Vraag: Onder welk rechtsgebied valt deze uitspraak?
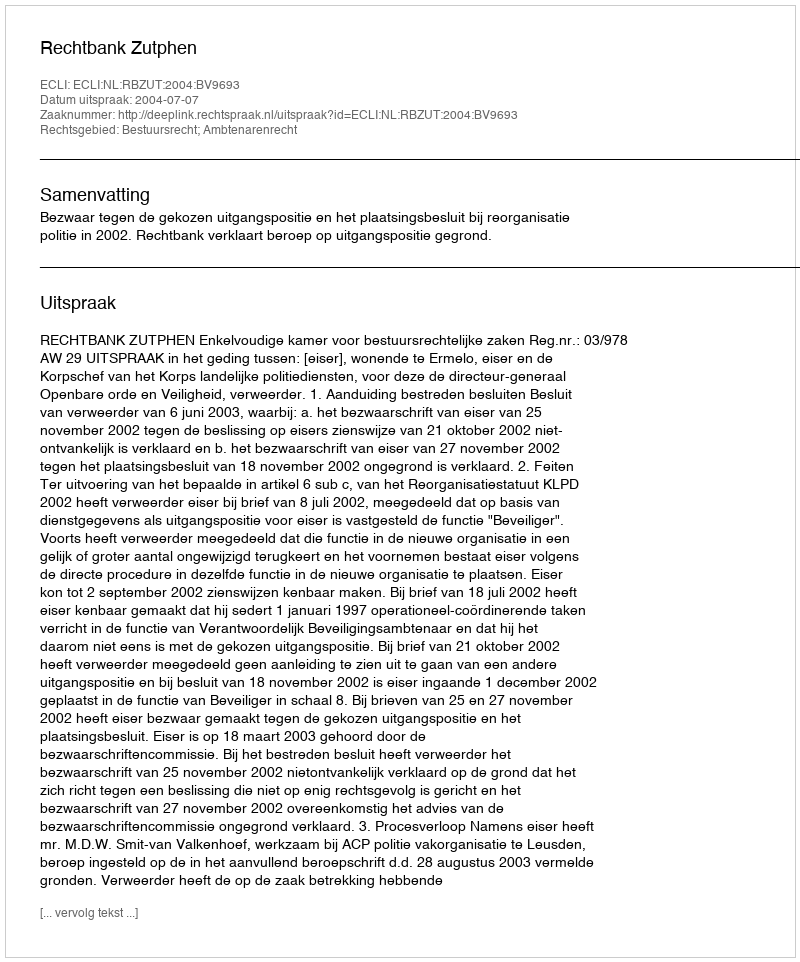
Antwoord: Bestuursrecht; Ambtenarenrecht